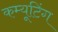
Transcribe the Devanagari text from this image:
कम्यूटिंग